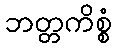
ဘတ္တကိစ္စံ